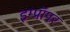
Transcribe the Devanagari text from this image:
इम्प्रॉपर